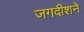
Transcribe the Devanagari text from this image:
जगदीशने